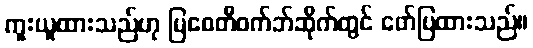
ကူးယူထားသည်ဟု မြစေတီဝက်ဘ်ဆိုက်တွင် ဖော်ပြထားသည်။